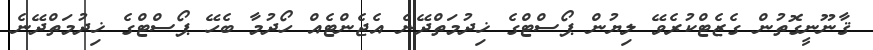
ޤާނޫނީގޮތުން ގެޒެޓްކުރެވޭ ލިޔުން ޕޯސްޓްގެ ޚިދުމަތްދޭނެ އެޖެންޓެއް ހޯދުމާ ބެހޭ ޕޯސްޓްގެ ޚިދުމަތްދޭނެ